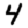
Digit: 4